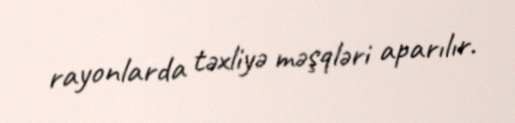
rayonlarda təxliyə məşqləri aparılır.